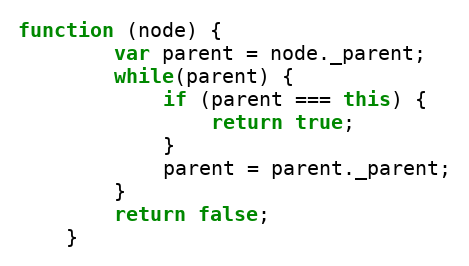
Language: JavaScript
function (node) {
        var parent = node._parent;
        while(parent) {
            if (parent === this) {
                return true;
            }
            parent = parent._parent;
        }
        return false;
    }